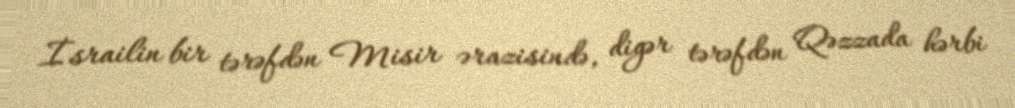
İsrailin bir tərəfdən Misir ərazisində, digər tərəfdən Qəzzada hərbi